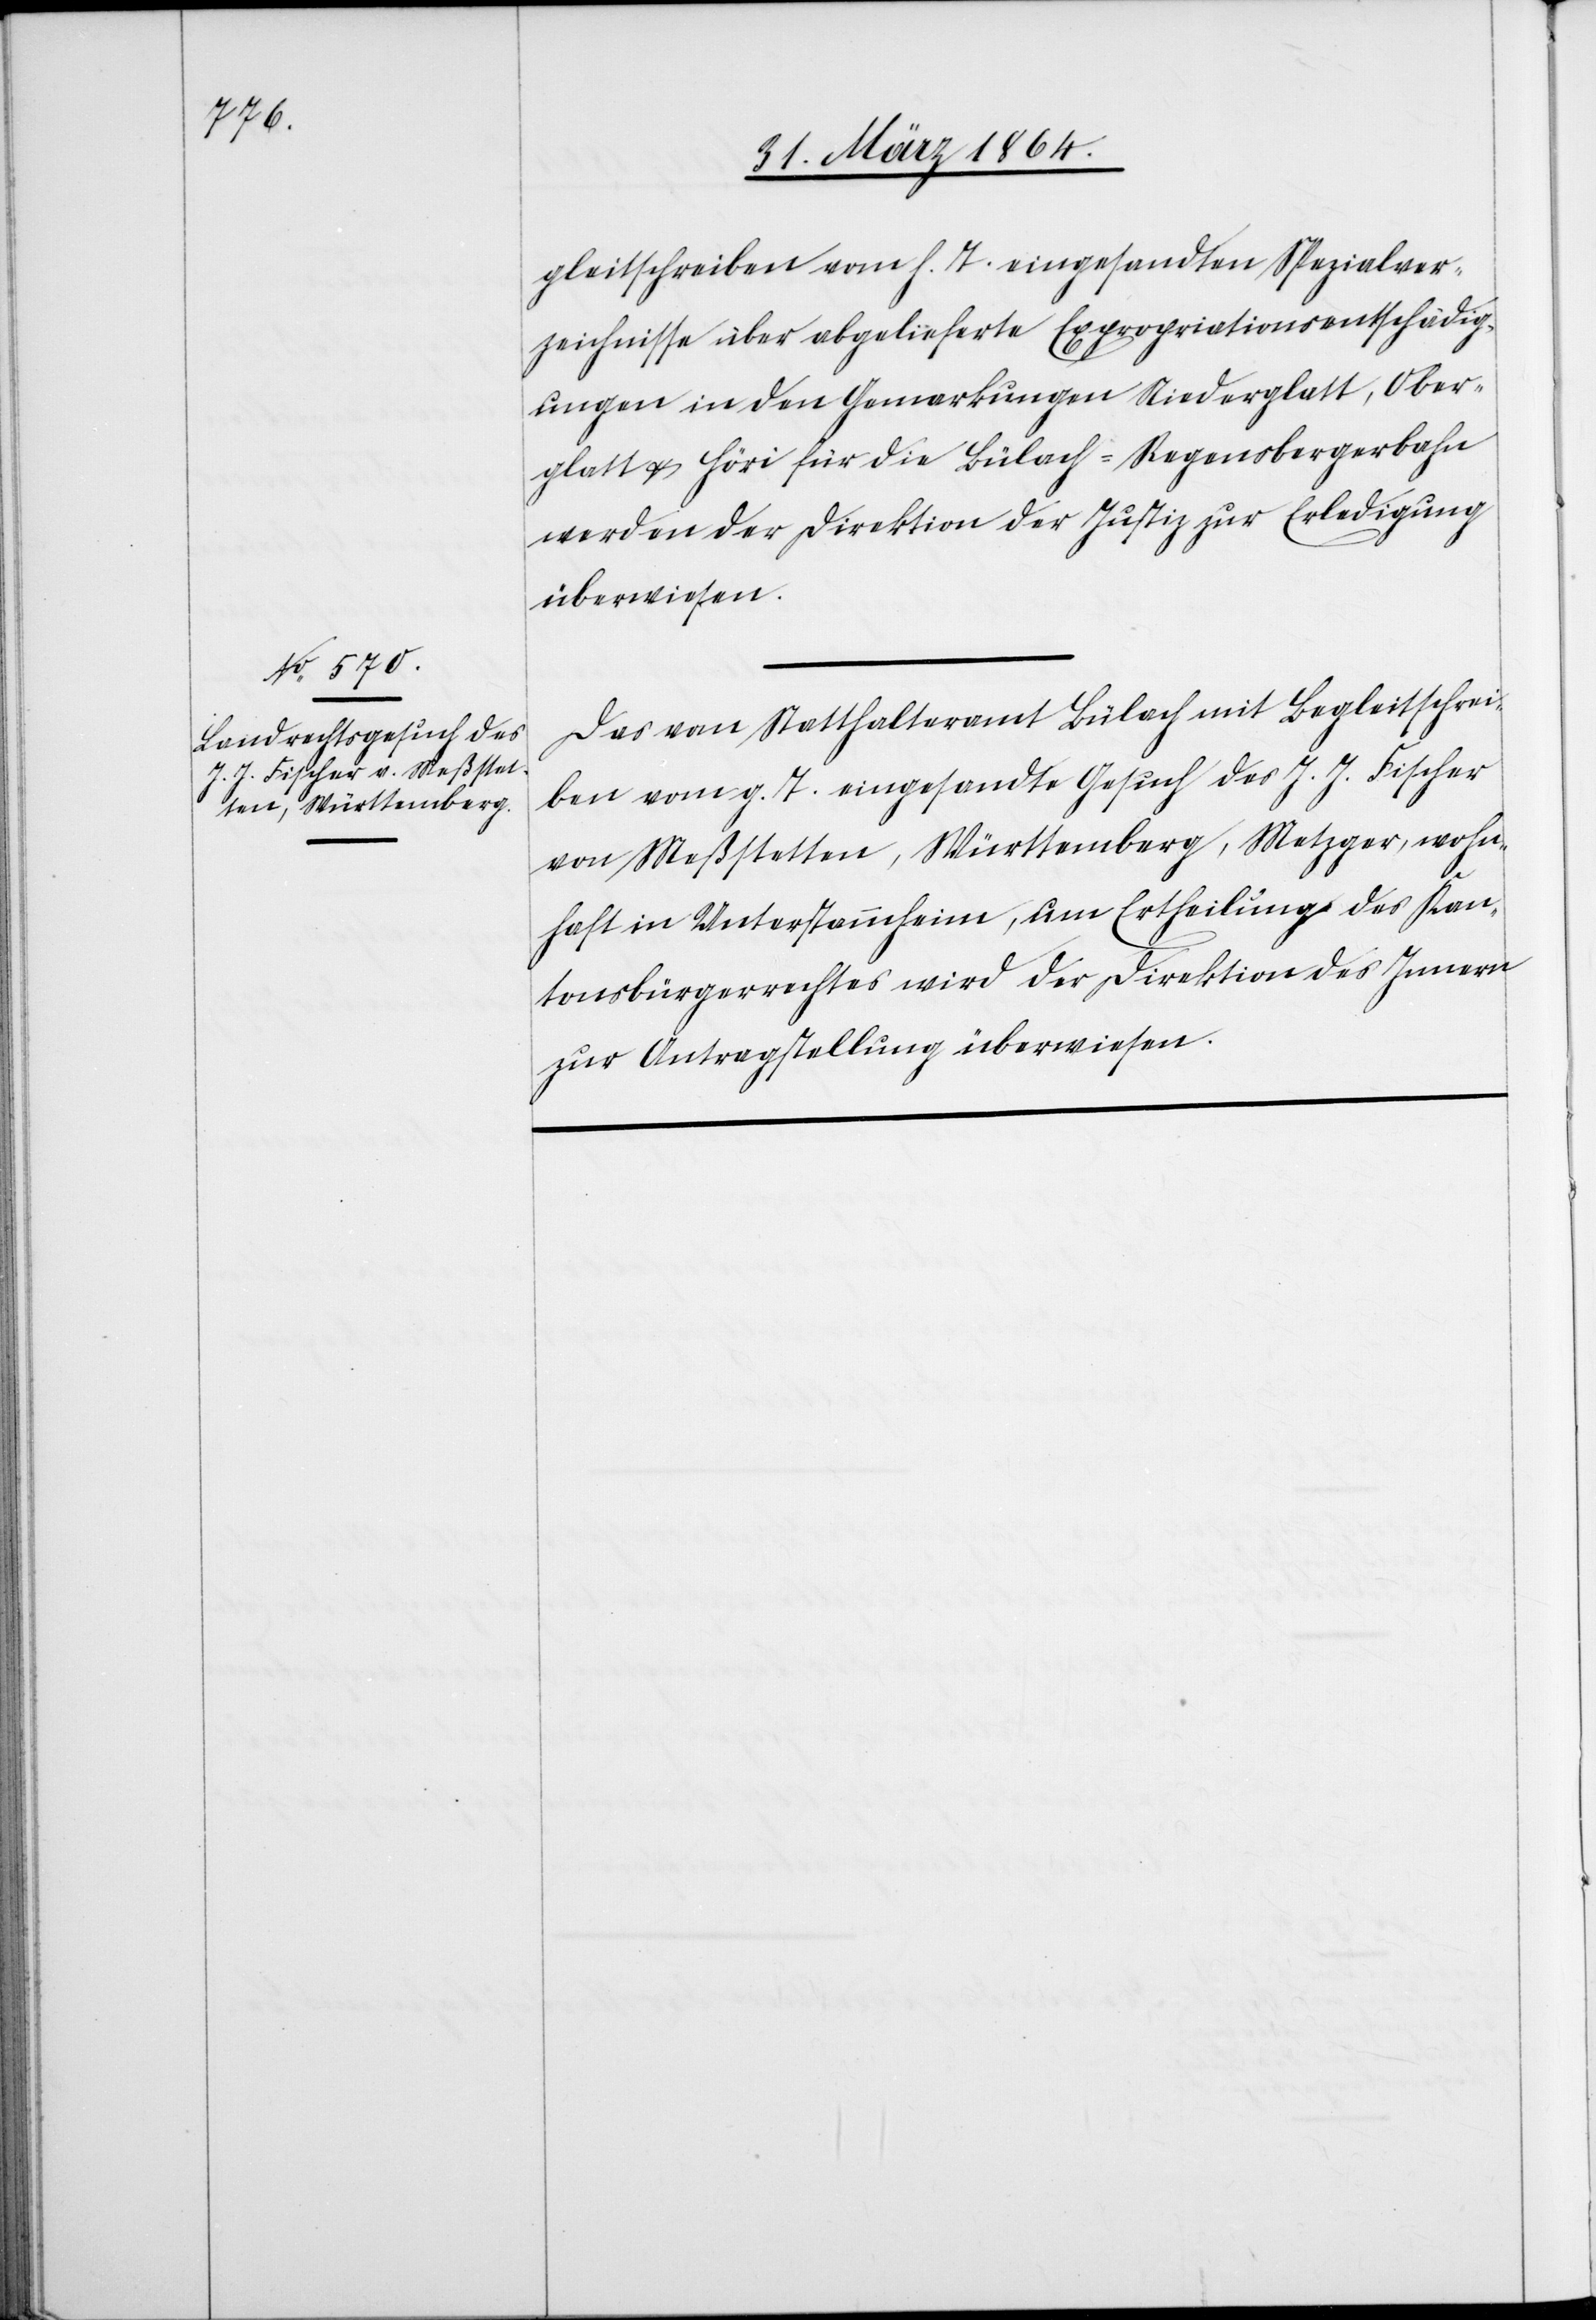
gleitschreiben vom h. T. eingesandten Spezialver¬
zeichnisse über abgelieferte Expropriationsentschädig¬
ungen in den Gemarkungen Niederglatt, Ober¬
glatt u. Höri für die Bülach-Regensbergerbahn
werden der Direktion der Justiz zur Erledigung
überwiesen.
Das vom Statthalteramt Bülach mit Begleitschrei¬
ben vom g. T. eingesandte Gesuch des J. J. Fischer
von Meßstetten, Württemberg, Metzger, wohn¬
1.
haft in Unterstammheim, um Ertheilung des Kan¬
tonsbürgerrechtes wird der Direktion des Innern
zur Antragstellung überwiesen.